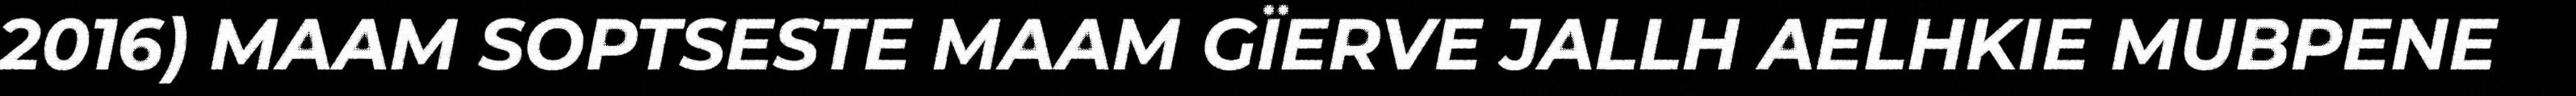
2016) MAAM SOPTSESTE MAAM GÏERVE JALLH AELHKIE MUBPENE